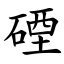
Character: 䃌